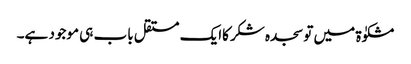
مشکوٰۃ میں تو سجدہ شکرکاایک مستقل باب ہی موجود ہے۔